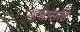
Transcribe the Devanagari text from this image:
नाथासहि